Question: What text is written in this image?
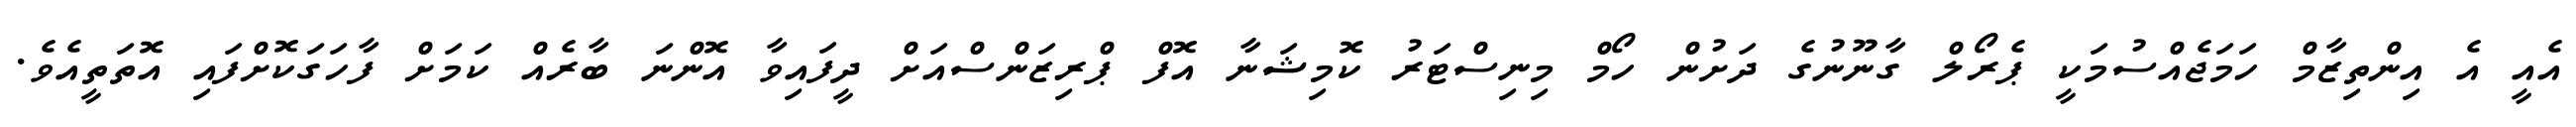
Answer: އެއީ އެ އިންތިޒާމް ހަމަޖެއްސުމަކީ ޕެރޯލް ގާނޫނުގެ ދަށުން ހޯމް މިނިސްޓަރު ކޮމިޝަނާ އޮފް ޕްރިޒަންސްއަށް ދީފައިވާ އޮންނަ ބާރެއް ކަމަށް ފާހަގަކޮށްފައި އޮތަތީއެވެ.